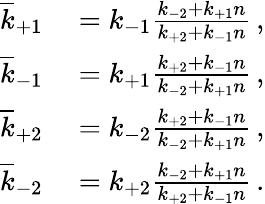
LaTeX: \begin{array}{rl}{\overline{{k}}_{+1}}&{{}=k_{-1}\frac{k_{-2}+k_{+1}n}{k_{+2}+k_{-1}n}\, ,}\\ {\overline{{k}}_{-1}}&{{}=k_{+1}\frac{k_{+2}+k_{-1}n}{k_{-2}+k_{+1}n}\, ,}\\ {\overline{{k}}_{+2}}&{{}=k_{-2}\frac{k_{+2}+k_{-1}n}{k_{-2}+k_{+1}n}\, ,}\\ {\overline{{k}}_{-2}}&{{}=k_{+2}\frac{k_{-2}+k_{+1}n}{k_{+2}+k_{-1}n}\, .}\end{array}